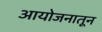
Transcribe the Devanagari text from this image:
आयोजनातून